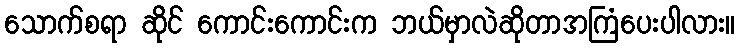
သောက်စရာ ဆိုင် ကောင်းကောင်းက ဘယ်မှာလဲဆိုတာအကြံပေးပါလား။